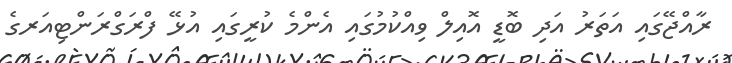
ރާއްޖޭގައި އަތަރު އަދި ބޮޑީ އޮއިލް ވިއްކުމުގައި އެންމެ ކުރީގައި އުޅޭ ފްރަގްރަންޓިއަރގެ